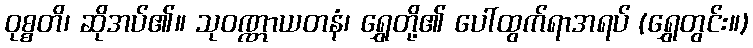
ဝုစ္စတိ၊ ဆိုအပ်၏။ သုဝဏ္ဏာယတနံ၊ ရွှေတို့၏ ပေါ်ထွက်ရာအရပ် (ရွှေတွင်း။)